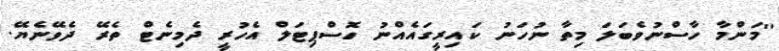
''މަންމާ ހާސްނުވެބަލަ މިތާ ނުހަނު ކައިރީގައެއްނު ހޮސްޕިޓަލް އެހުރީ ދެމިނެޓް ތެރޭ ދެވޭނެޔޭ.